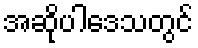
အဆိုပါဒေသတွင်